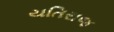
યતિરાજ